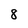
Character: 8